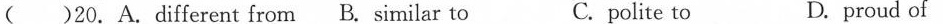
( )20.A. different from B. similar to C.polite to D.proud of